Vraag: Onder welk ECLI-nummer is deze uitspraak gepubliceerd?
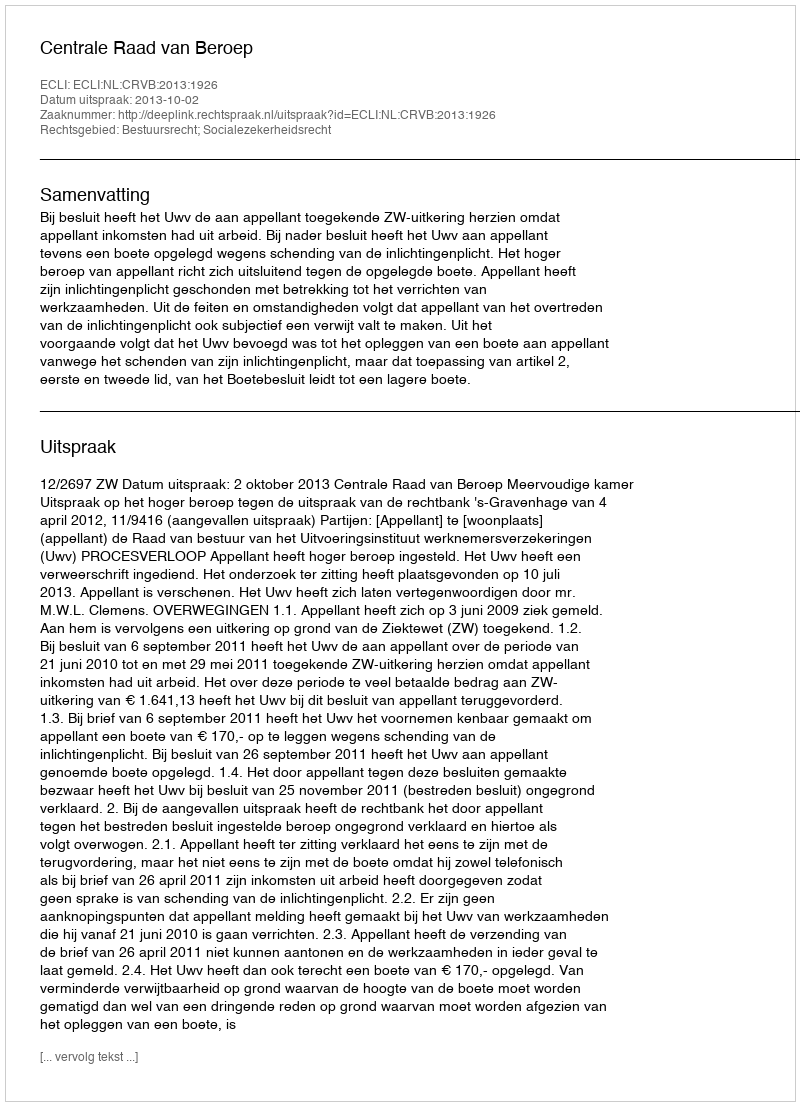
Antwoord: ECLI:NL:CRVB:2013:1926